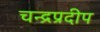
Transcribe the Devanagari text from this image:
चन्द्रप्रदीप